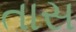
તાસ